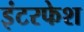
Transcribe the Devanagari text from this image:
इंटरफेश